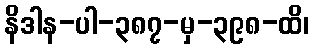
နိဒါန-ပါ-၃၈၇-မှ-၃၉၈-ထိ၊